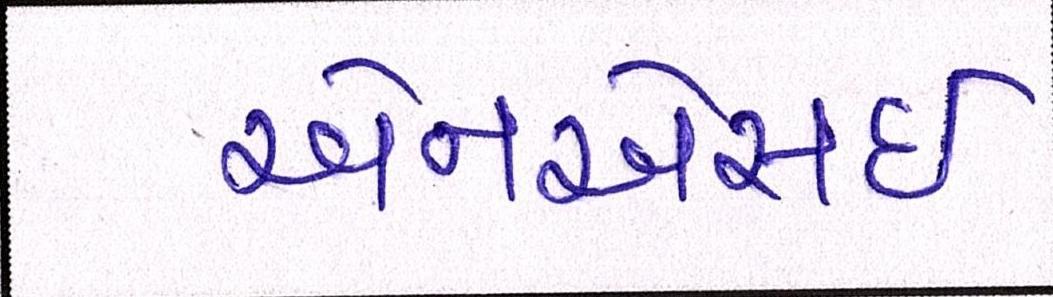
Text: એનએસઇ